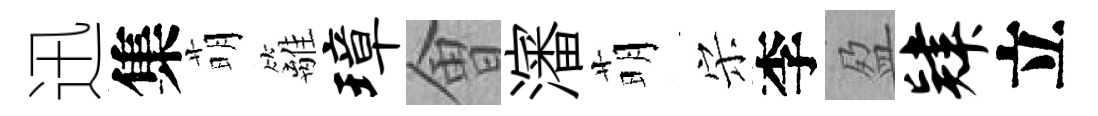
迅集萌籬璋㑹瀋萌宋李盈肄立